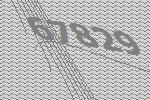
67829